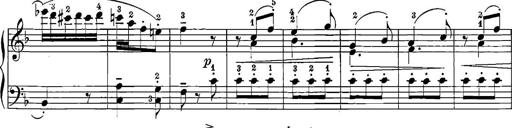
Title: 12 Sonatinas
Composer: Ignaz Pleyel